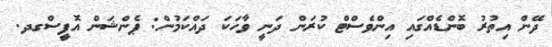
ދޭން އިތުރު ބޮންޑެއްގައި އިންވެސްޓް ކުރަން ދަނީ ވާހަކަ ދައްކަމުން: ޕެންޝަން އޮފީސްގދ.